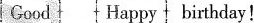
Good Happy birthday!